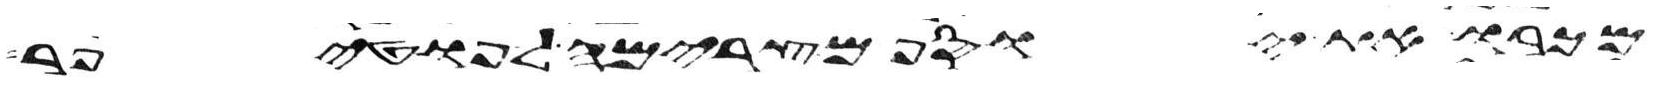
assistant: מכרו את יוסף מצרימה לפוטיפר